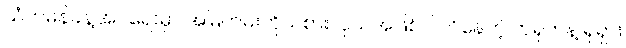
သံတမန်ခန့်အပ်ရေးမှာ အမြဲတမ်းကိုယ်စားလှယ်အဖြစ်ပါဝင်နေတဲ့ တရုတ်နဲ့ ရုရှား